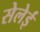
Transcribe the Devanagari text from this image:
सेलेई